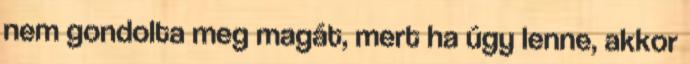
nem gondolta meg magát, mert ha úgy lenne, akkor